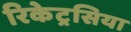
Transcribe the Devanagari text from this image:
रिकेट्रसिया